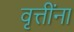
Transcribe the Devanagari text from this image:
वृत्तींना